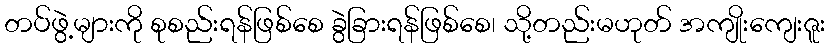
တပ်ဖွဲ့များကို စုစည်းရန်ဖြစ်စေ ခွဲခြားရန်ဖြစ်စေ၊ သို့တည်းမဟုတ် အကျိုးကျေးဇူး